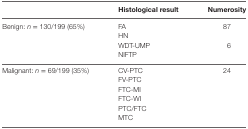
<table><thead><tr><td>[EMPTY_CELL]</td><td><b>Histological result</b></td><td><b>Numerosity</b></td></tr></thead><tbody><tr><td rowspan="4">Benign: <i>n</i> = 130/199 (65%)</td><td>FA</td><td>87</td></tr><tr><td>HN</td><td>[EMPTY_CELL]</td></tr><tr><td>WDT-UMP</td><td>6</td></tr><tr><td>NIFTP</td><td>[EMPTY_CELL]</td></tr><tr><td rowspan="6">Malignant: <i>n</i> = 69/199 (35%)</td><td>CV-PTC</td><td>24</td></tr><tr><td>FV-PTC</td><td>[EMPTY_CELL]</td></tr><tr><td>FTC-MI</td><td>[EMPTY_CELL]</td></tr><tr><td>FTC-WI</td><td>[EMPTY_CELL]</td></tr><tr><td>PTC/FTC</td><td>[EMPTY_CELL]</td></tr><tr><td>MTC</td><td>[EMPTY_CELL]</td></tr></tbody></table>